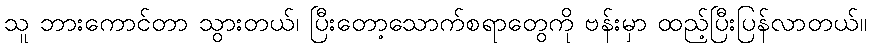
သူ ဘားကောင်တာ သွားတယ်၊ ပြီးတော့သောက်စရာတွေကို ဗန်းမှာ ထည့်ပြီးပြန်လာတယ်။